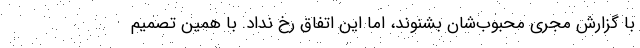
با گزارش مجری محبوب‌شان بشنوند، اما این اتفاق رخ نداد. با همین تصمیم